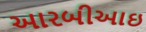
આરબીઆઇ